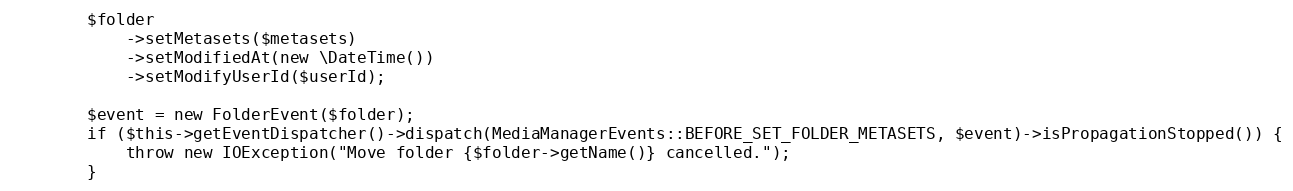
Language: PHP
        $folder
            ->setMetasets($metasets)
            ->setModifiedAt(new \DateTime())
            ->setModifyUserId($userId);

        $event = new FolderEvent($folder);
        if ($this->getEventDispatcher()->dispatch(MediaManagerEvents::BEFORE_SET_FOLDER_METASETS, $event)->isPropagationStopped()) {
            throw new IOException("Move folder {$folder->getName()} cancelled.");
        }